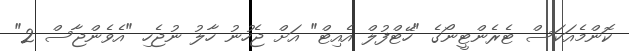
ކޮންމެއަކަސް ޓެރެންޓީނޯގެ "ހޭޓްފުލް އެއިޓް" އަށް ޖެހުނު ހާލު ނުޖެހި "އެވެންޖާސް 2"